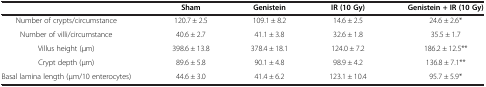
<table><thead><tr><td><b> </b></td><td><b>Sham</b></td><td><b>Genistein</b></td><td><b>IR (10 Gy)</b></td><td><b>Genistein + IR (10 Gy)</b></td></tr></thead><tbody><tr><td>Number of crypts/circumstance</td><td>120.7 ± 2.5</td><td>109.1 ± 8.2</td><td>14.6 ± 2.5</td><td>24.6 ± 2.6*</td></tr><tr><td>Number of villi/circumstance</td><td>40.6 ± 2.7</td><td>41.1 ± 3.8</td><td>32.6 ± 1.8</td><td>35.5 ± 1.7</td></tr><tr><td>Villus height (μm)</td><td>398.6 ± 13.8</td><td>378.4 ± 18.1</td><td>124.0 ± 7.2</td><td>186.2 ± 12.5**</td></tr><tr><td>Crypt depth (μm)</td><td>89.6 ± 5.8</td><td>90.1 ± 4.8</td><td>98.9 ± 4.2</td><td>136.8 ± 7.1**</td></tr><tr><td>Basal lamina length (μm/10 enterocytes)</td><td>44.6 ± 3.0</td><td>41.4 ± 6.2</td><td>123.1 ± 10.4</td><td>95.7 ± 5.9*</td></tr></tbody></table>